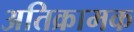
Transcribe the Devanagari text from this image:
अतिक्रामक